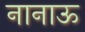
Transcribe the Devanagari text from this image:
नानाऊ